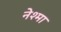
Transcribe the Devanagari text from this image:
नेश्मा